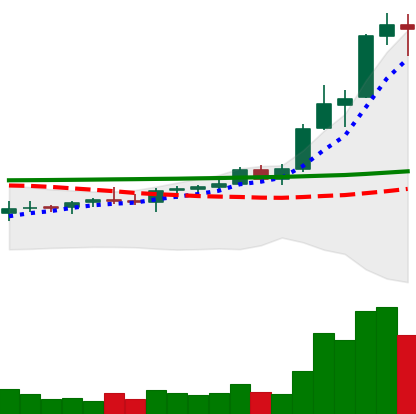
Ticker: ADA-USD
Chart end date: 2021-08-15
Forward return: 13.302%
Label: up_7plus